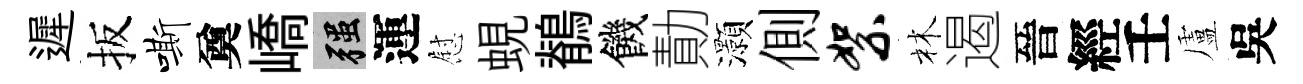
遲扳嘶奠嶠强運慰蜆鶺饑勣灝側絮林遏晉經壬盧吳